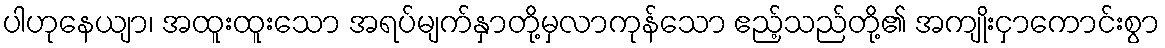
ပါဟုနေယျာ၊ အထူးထူးသော အရပ်မျက်နှာတို့မှလာကုန်သော ဧည့်သည်တို့၏ အကျိုးငှာကောင်းစွာ